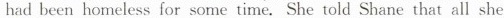
had been homeless for some time. She told Shane that all she